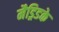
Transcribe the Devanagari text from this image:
मैड्रिडके